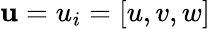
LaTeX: \mathbf{u}=u_{i}=[u,v,w]